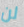
لن